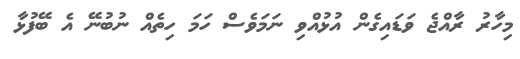
މިހާރު ރާއްޖެ ވަޑައިގެން އުޅުއްވި ނަމަވެސް ހަމަ ހިތެއް ނުބުނޭ އެ ބޭފުޅާ